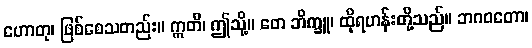
ဟောတု၊ ဖြစ်စေသတည်း။ ဣတိ၊ ဤသို့။ တေ ဘိက္ခူ၊ ထိုရဟန်းတို့သည်။ ဘဂဝတော၊